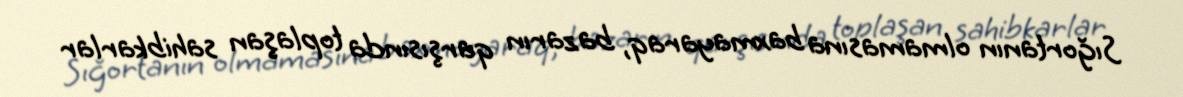
Sığortanın olmamasına baxmayaraq, bazarın qarşısında toplaşan sahibkarlar